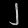
Digit: ၂